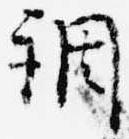
調